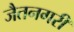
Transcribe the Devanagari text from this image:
जैतनगरी